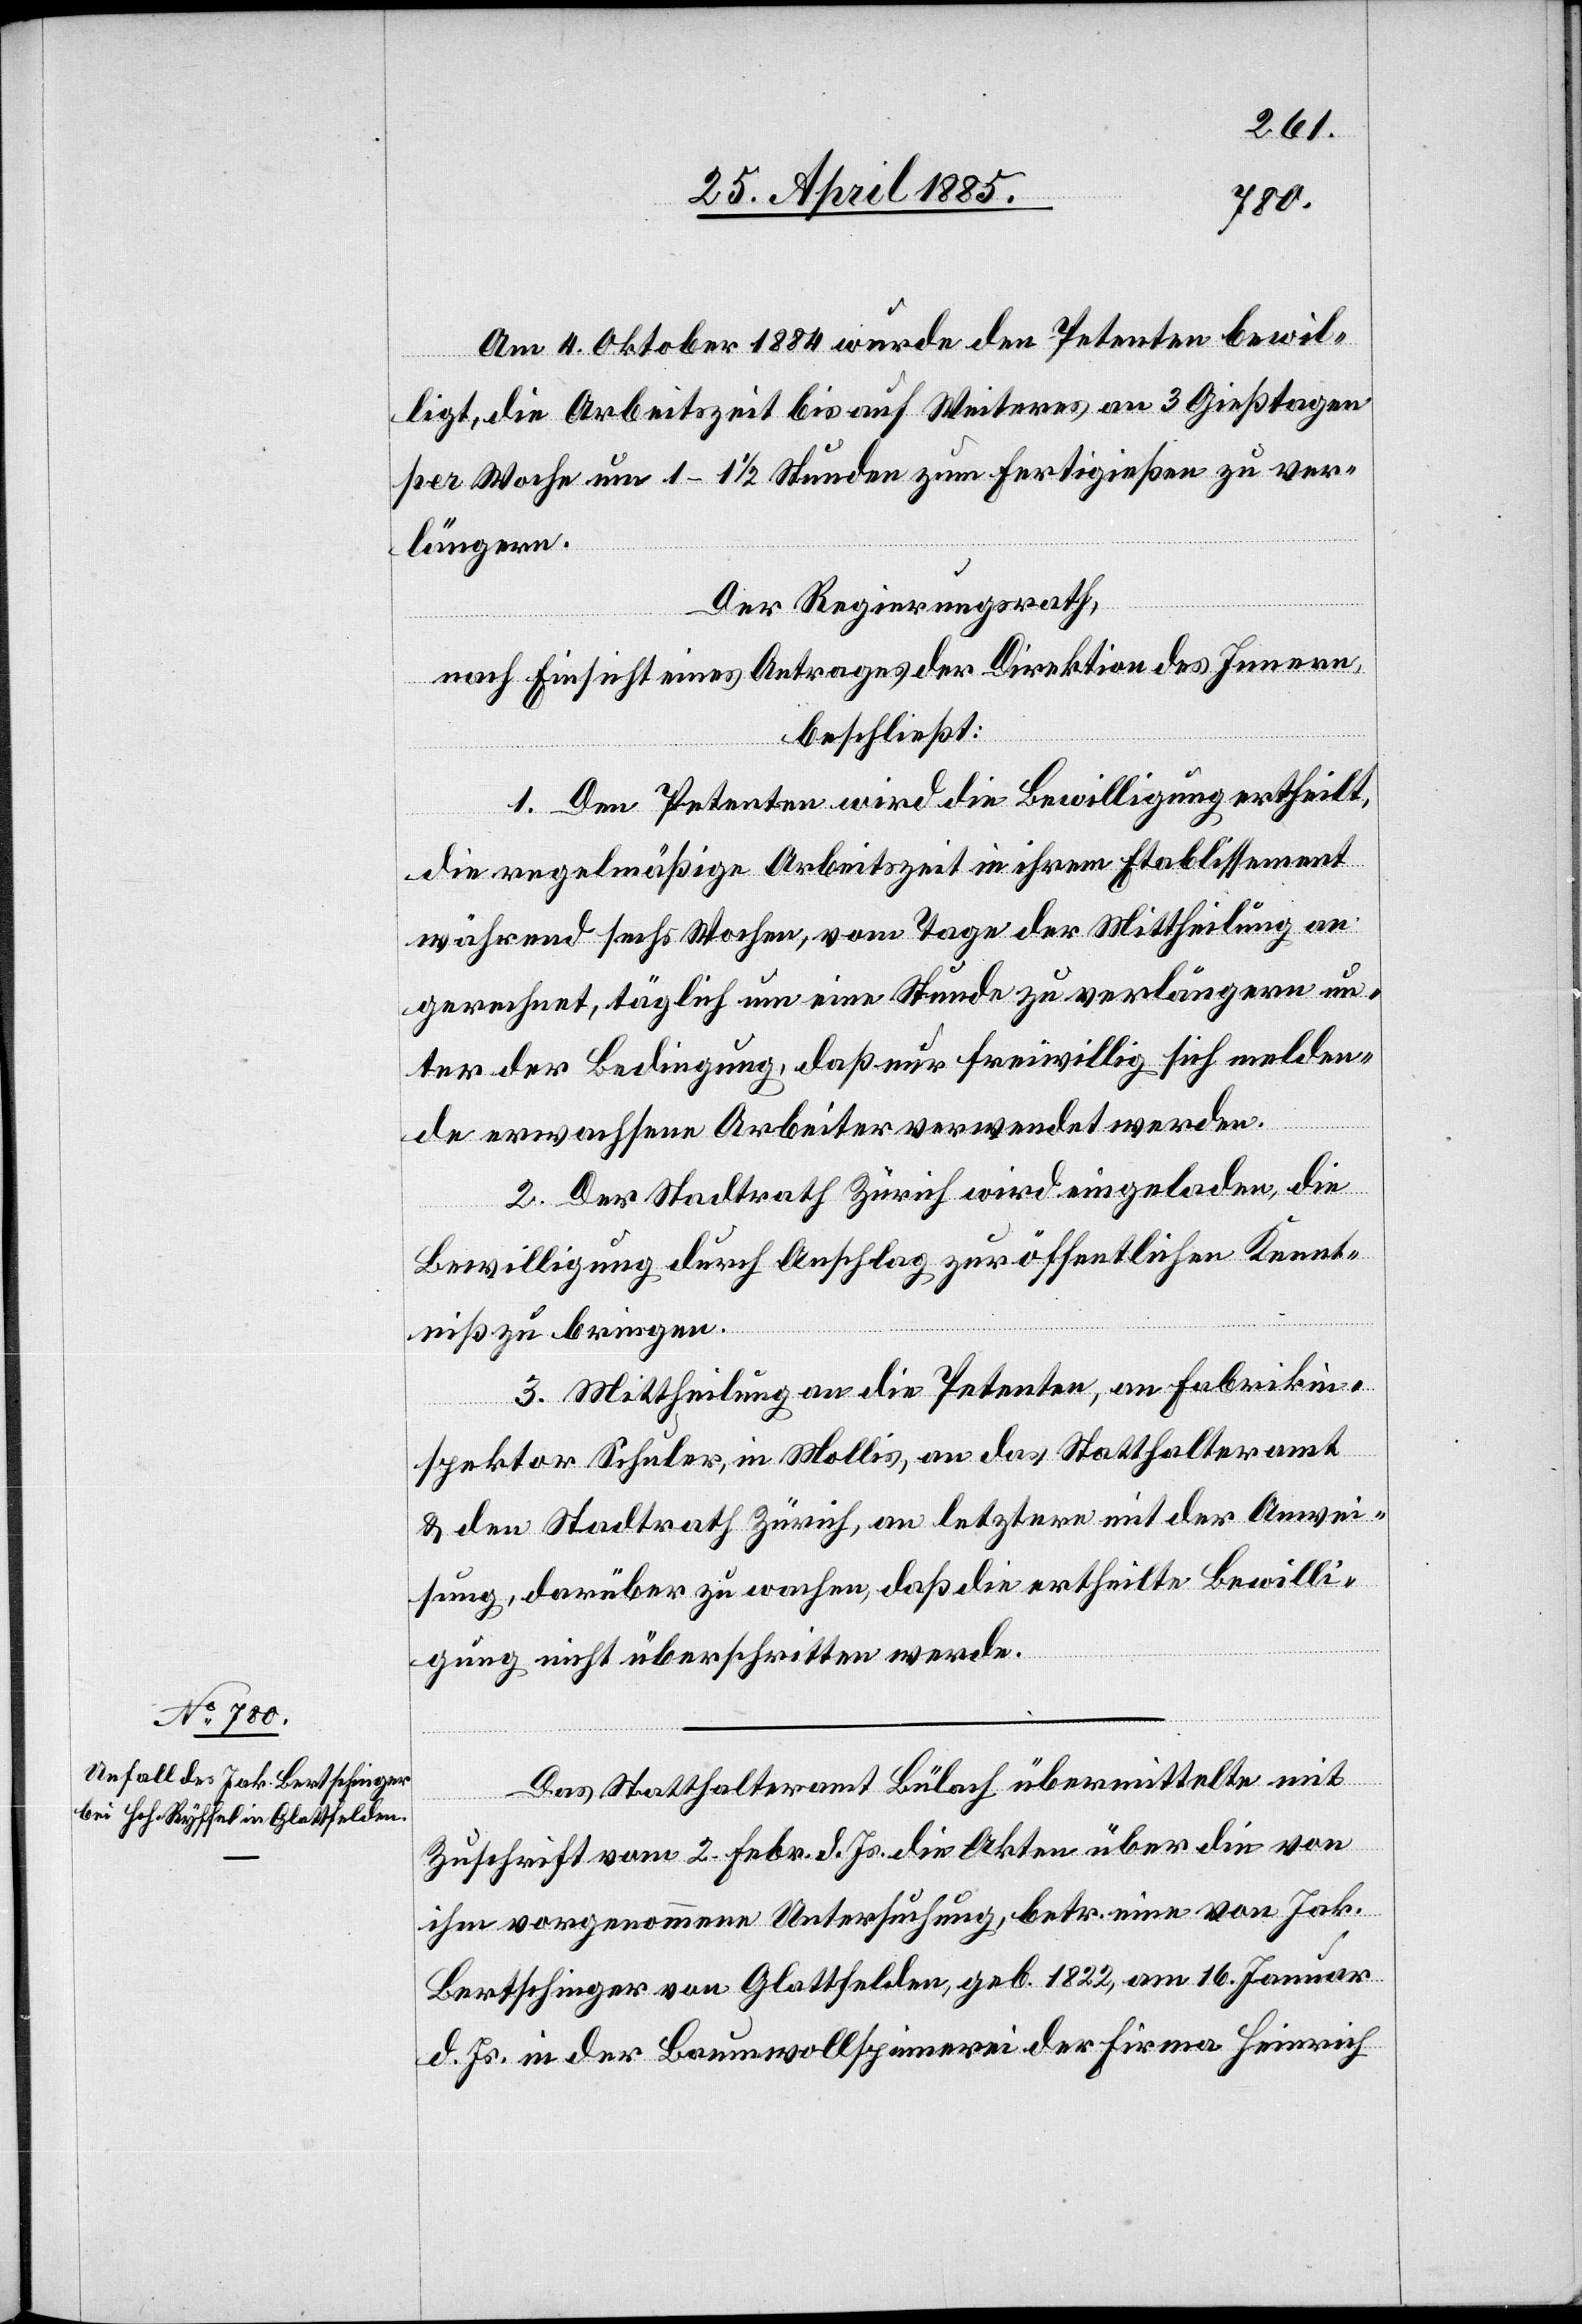
Am 4. Oktober 1884 wurde den Petenten bewil¬
ligt, die Arbeitszeit bis auf Weiteres an 3 Gießtagen
per Woche um 1–1 1/2 Stunden zum Fertig[g]ießen zu ver¬
längern.
Der Regierungsrath,
nach Einsicht eines Antrages der Direktion des Innern,
beschließt:
1. Den Petenten wird die Bewilligung ertheilt,
die regelmäßige Arbeitszeit in ihrem Etablissement
während sechs Wochen, vom Tage der Mittheilung an
gerechnet, täglich um eine Stunde zu verlängern un¬
ter der Bedingung, daß nur freiwillig sich melden¬
de erwachsene Arbeiter verwendet werden.
2. Der Stadtrath Zürich wird eingeladen, die
Bewilligung durch Anschlag zur öffentlichen Kennt¬
niß zu bringen.
3. Mittheilung an die Petenten, an Fabrikin¬
spektor Schuler, in Mollis, an das Statthalteramt
& den Stadtrath Zürich, an letztern mit der Anwei¬
sung, darüber zu wachen, daß die ertheilte Bewilli¬
gung nicht überschritten werde.
Das Statthalteramt Bülach übermittelte mit
Zuschrift vom 2. Febr. d. Js. die Akten über die von
ihm vorgenommene Untersuchung, betr. eine von Jak.
Bertschinger von Glattfelden, geb. 1822, am 16. Januar
d. Js. in der Baumwollspinnerei der Firma Heinrich